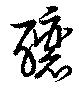
釀